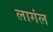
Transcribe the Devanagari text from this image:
लागंल